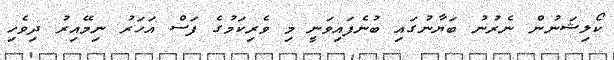
ކޯލިޝަނުން ނެރުނު ބަޔާނުގައި ބުނެފައިވަނީ މި ވެރިކަމުގެ ފަސް އަހަރު ނިމޭއިރު ދިވެހި